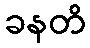
ခနတိ